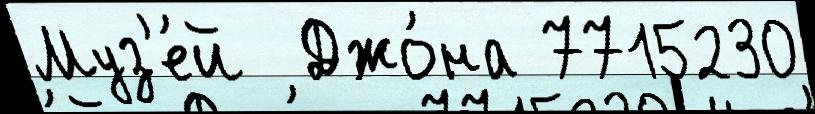
Муз'е́й  Джо́на 7715230